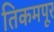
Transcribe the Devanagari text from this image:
तिकमपूर